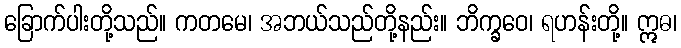
ခြောက်ပါးတို့သည်။ ကတမေ၊ အဘယ်သည်တို့နည်း။ ဘိက္ခဝေ၊ ရဟန်းတို့။ ဣဓ၊